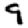
Digit: 9